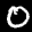
Label: 0